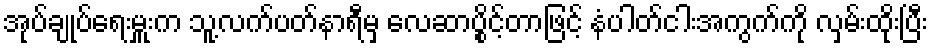
အုပ်ချုပ်ရေးမှူးက သူ့လက်ပတ်နာရီမှ လေဆာပွိုင့်တာဖြင့် နံပါတ်ငါးအကွက်ကို လှမ်းထိုးပြီး